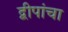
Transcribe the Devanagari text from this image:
द्वीपांचा